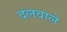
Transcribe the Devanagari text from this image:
दलवाले